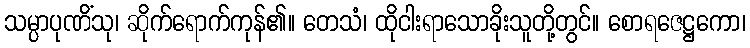
သမ္ပာပုဏိံသု၊ ဆိုက်ရောက်ကုန်၏။ တေသံ၊ ထိုငါးရာသောခိုးသူတို့တွင်။ စောရဇေဋ္ဌကော၊